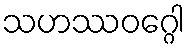
သဟဿဝဂ္ဂေါ